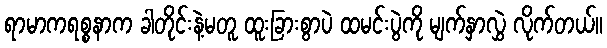
ရာမာကရစ္စနာက ခါတိုင်းနဲ့မတူ ထူးခြားစွာပဲ ထမင်းပွဲကို မျက်နှာလွှဲ လိုက်တယ်။